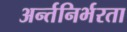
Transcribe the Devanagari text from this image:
अर्न्तनिर्भरता